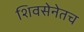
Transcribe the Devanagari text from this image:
शिवसेनेतच